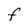
Character: F